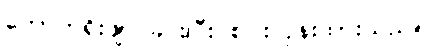
ကောက်ရိုးဖျာ ခင်းပြီး စပါးလှန်းထားသည်။